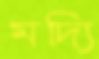
মদ্যি